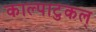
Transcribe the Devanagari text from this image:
काल्पाटुकल्